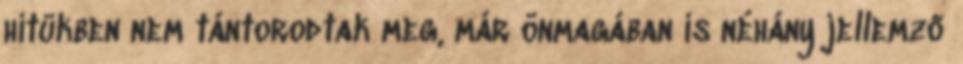
hitükben nem tántorodtak meg, már önmagában is néhány jellemző